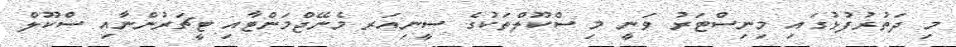
މި ދަތުރުފުޅުގައި މިނިސްޓަރު ވަނީ މި ސްކޫލްތަކުގެ ސީނިއަރ މެނޭޖްމަންޓާއި ޓީޗަރުންނާއި ސްކޫލް